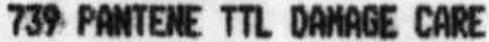
739 PANTENE TTL DAMAGE CARE